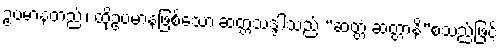
ဥပမာနတည်း၊ ထိုဥပမာနဖြစ်သော ဆတ္တသဒ္ဒါသည် “ဆတ္တံ ဆတ္တာနိ”စသည်ဖြင့်